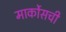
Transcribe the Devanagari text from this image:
मार्कोसची